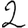
Digit: 2